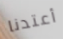
أعتدنا